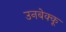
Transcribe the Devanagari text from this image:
उनबेक्कू